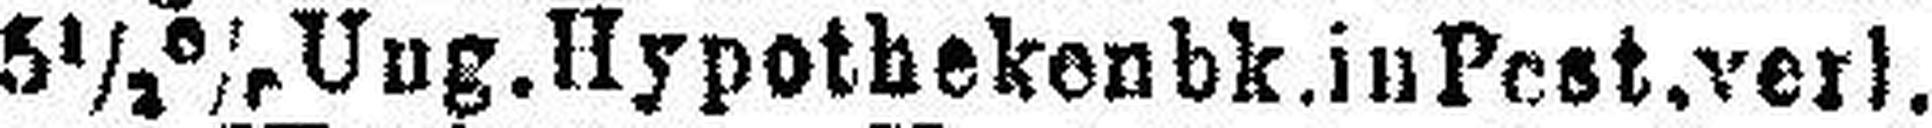
5½% Ung. Hypothekenbk. in Pest, verl.